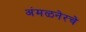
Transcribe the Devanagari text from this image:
अंमळनेरचे